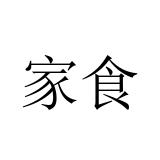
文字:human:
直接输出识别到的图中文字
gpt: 家食